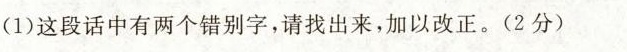
(1)这段话中有两个错别字，请找出来，加以改正。(2分)